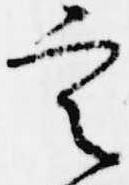
定